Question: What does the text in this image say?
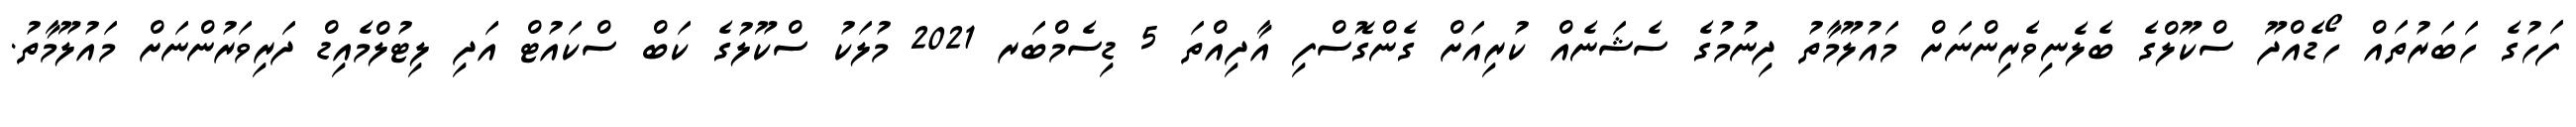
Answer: ފަހުގެ ހަބަރުތައް ހޯޑެއްދޫ ސްކޫލްގެ ބެލެނިވެރިންނަށް މައުލޫމާތު ދިނުމުގެ ސެޝަނެއް ކުރިއަށް ގެންގޮސްފި އާދިއްތަ 5 ޑިސެމްބަރ 2021 މުލަކު ސްކޫލުގެ ކަބް ސްކައުޓް އަދި ލިޓުލްމެއިޑް ދަރިވަރުންނަށް މައުލޫމާތު.